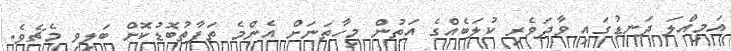
އަމިއްލަ ދަނޑުގައި ވާދަވެރި ކުލަބެއްގެ އަތުން މިހާތަނަށް އެންމެ ތަފާތުބޮޑުކޮށް ބަލިވި މެޗެވެ.